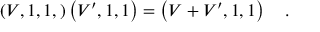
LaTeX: \left( V , 1 , 1 , \right) \left( V ^ { \prime } , 1 , 1 \right) = \left( V + V ^ { \prime } , 1 , 1 \right) \quad .